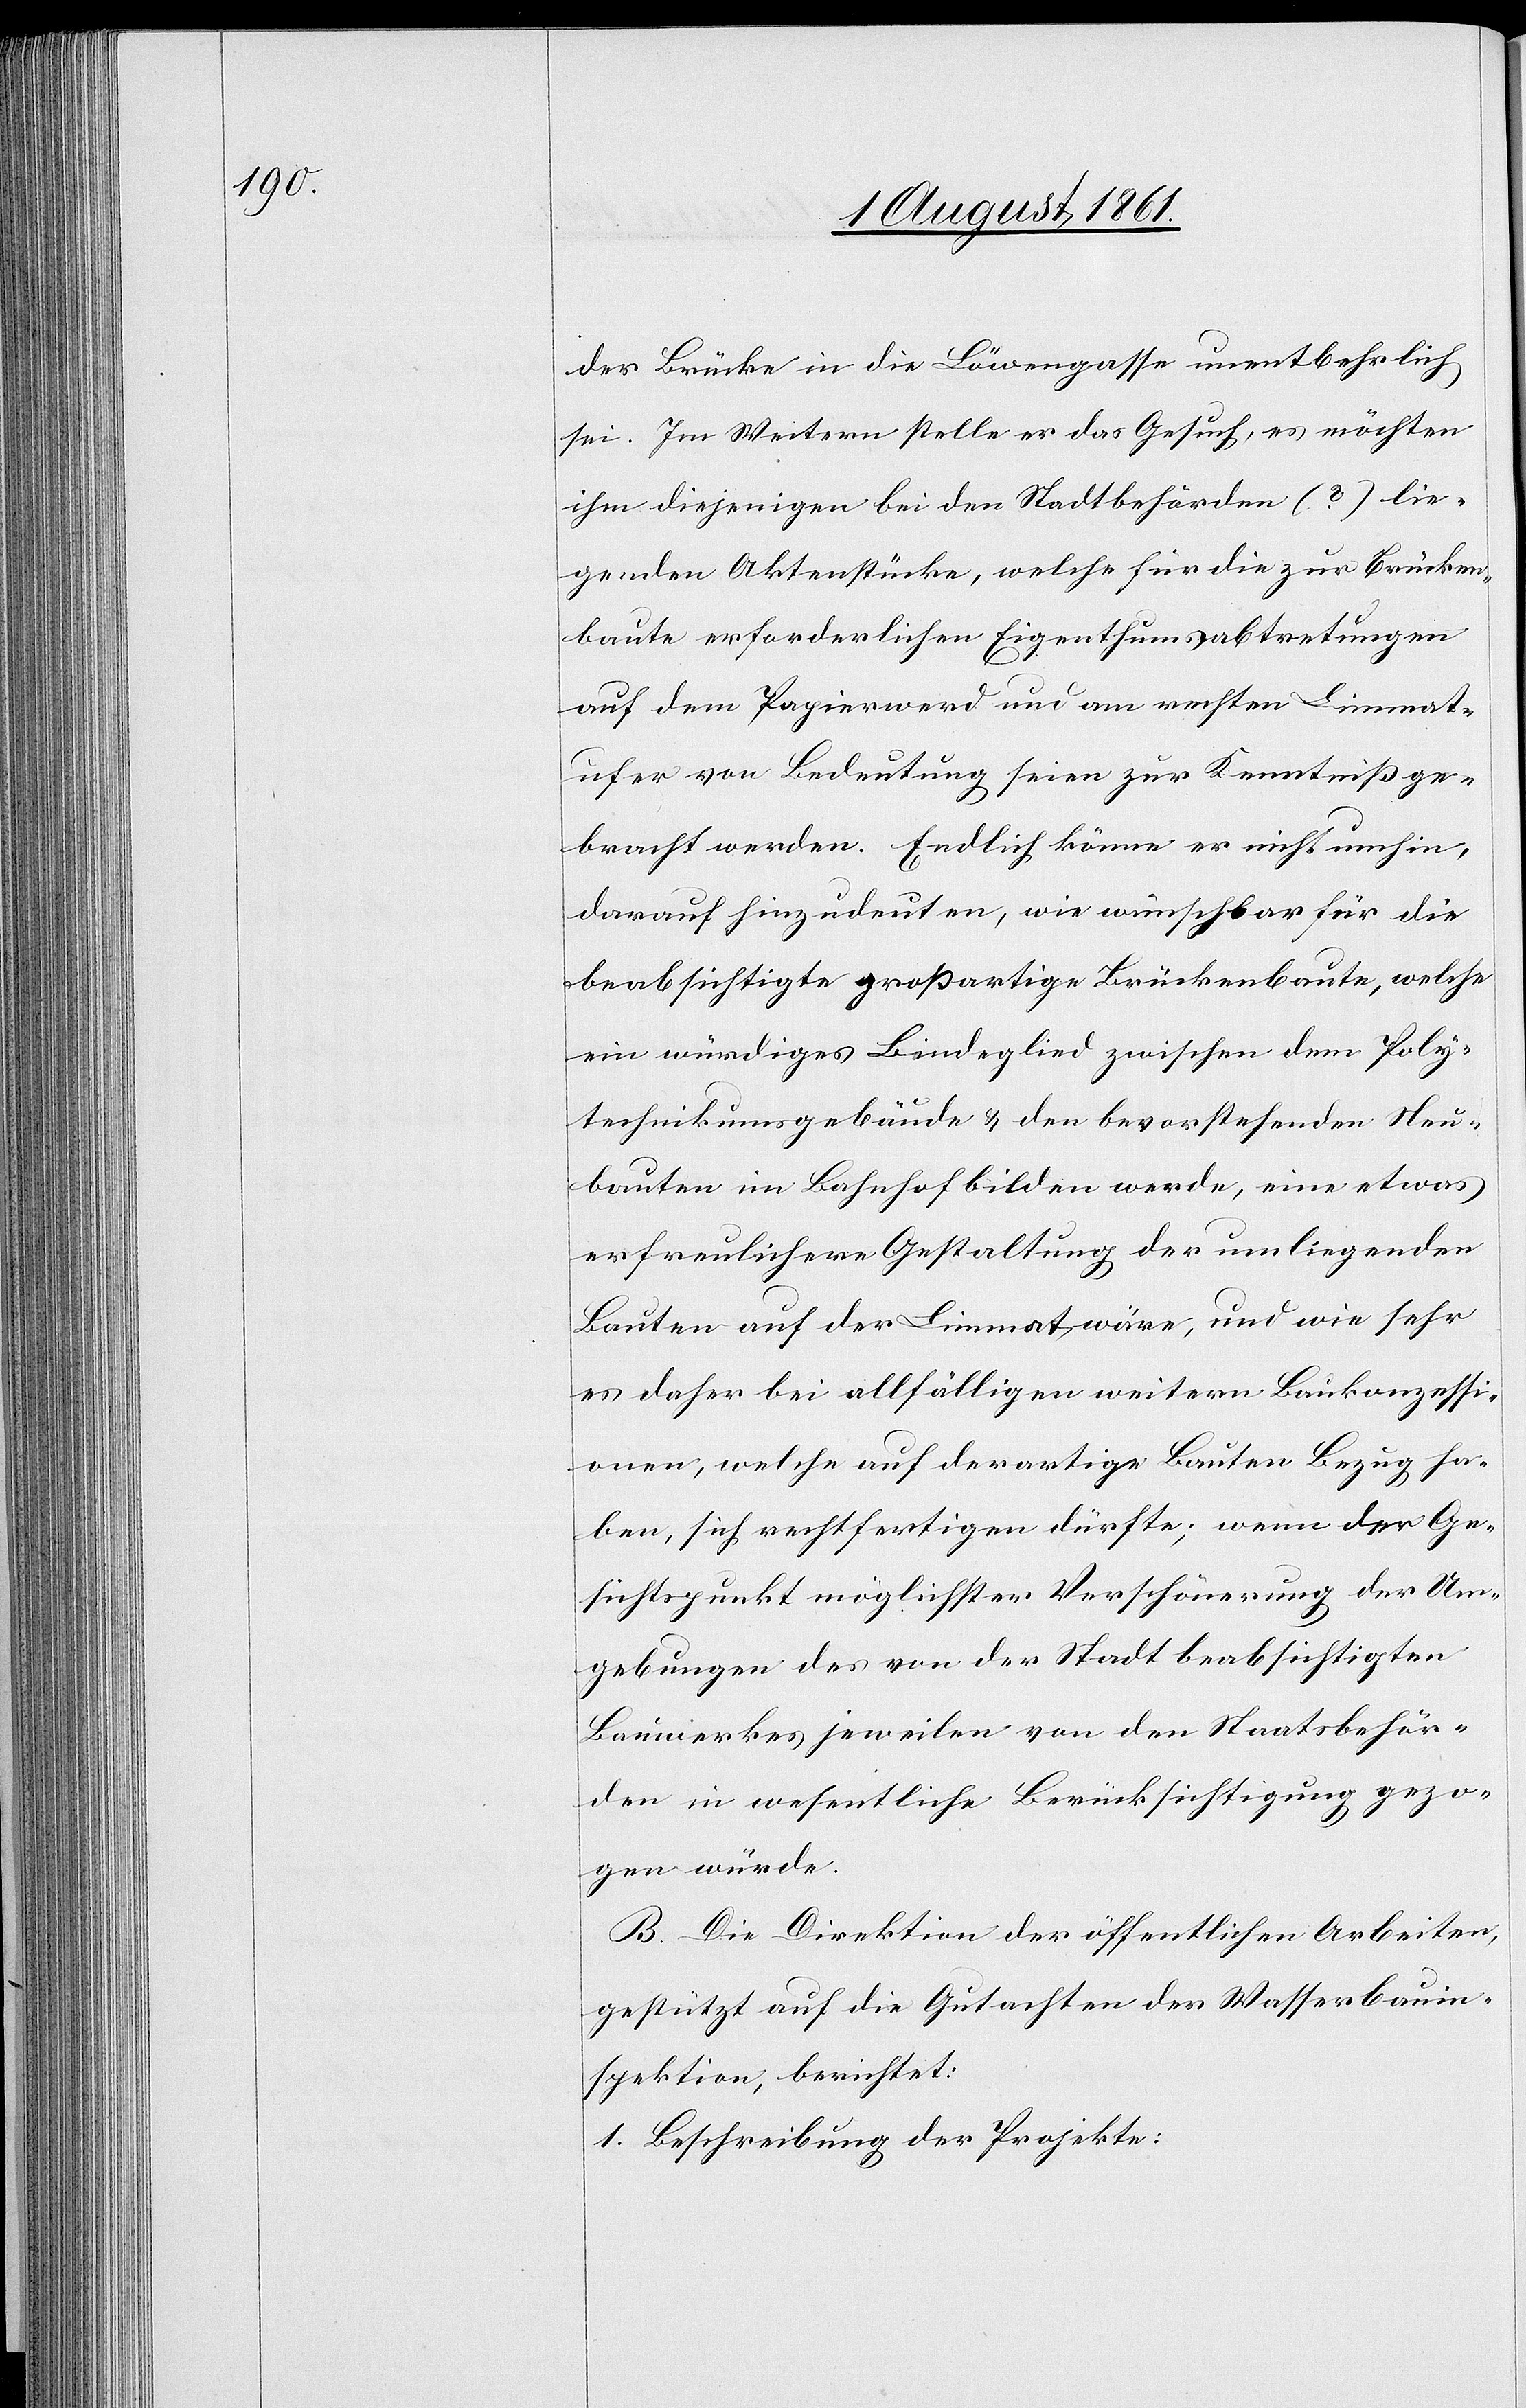
der Brücke in die Löwengasse unentbehrlich
sei. Im Weitern stelle er das Gesuch, es möchten
ihm diejenigen bei den Stadtbehörden (?) lie¬
genden Aktenstücke, welche für die zur Brücken¬
baute erforderlichen Eigenthumsabtretungen
auf dem Papierwerd und am rechten Limmat¬
ufer von Bedeutung seien zur Kenntniß ge¬
bracht worden. Endlich könne er nicht umhin,
darauf hinzudeuten, wie wünschbar für die
beabsichtigte großartige Brückenbaute, welche
ein würdiges Bindeglied zwischen dem Poly¬
technikumsgebäude u. den bevorstehenden Neu¬
bauten im Bahnhof bilden werde, eine etwas
erfreulichere Gestaltung der umliegenden
Bauten auf der Limmat wäre, und wie sehr
es daher bei allfälligen weitern Baukonzessio¬
nen, sich rechtfertigen dürfte, wenn der Ge¬
sichtspunkt möglichster Verschönerung der Um¬
gebungen des von der Stadt beabsichtigten
Bauwerkes jeweilen von den Staatsbehör¬
den in wesentliche Berücksichtigung gezo¬
gen würde.
B. Die Direktion der öffentlichen Arbeiten,
gestützt auf die Gutachten der Wasserbauin¬
spektion, berichtet:
1. Beschreibung der Projekte: